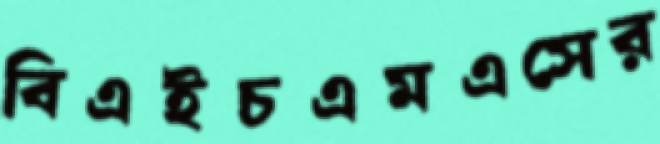
বিএইচএমএসের